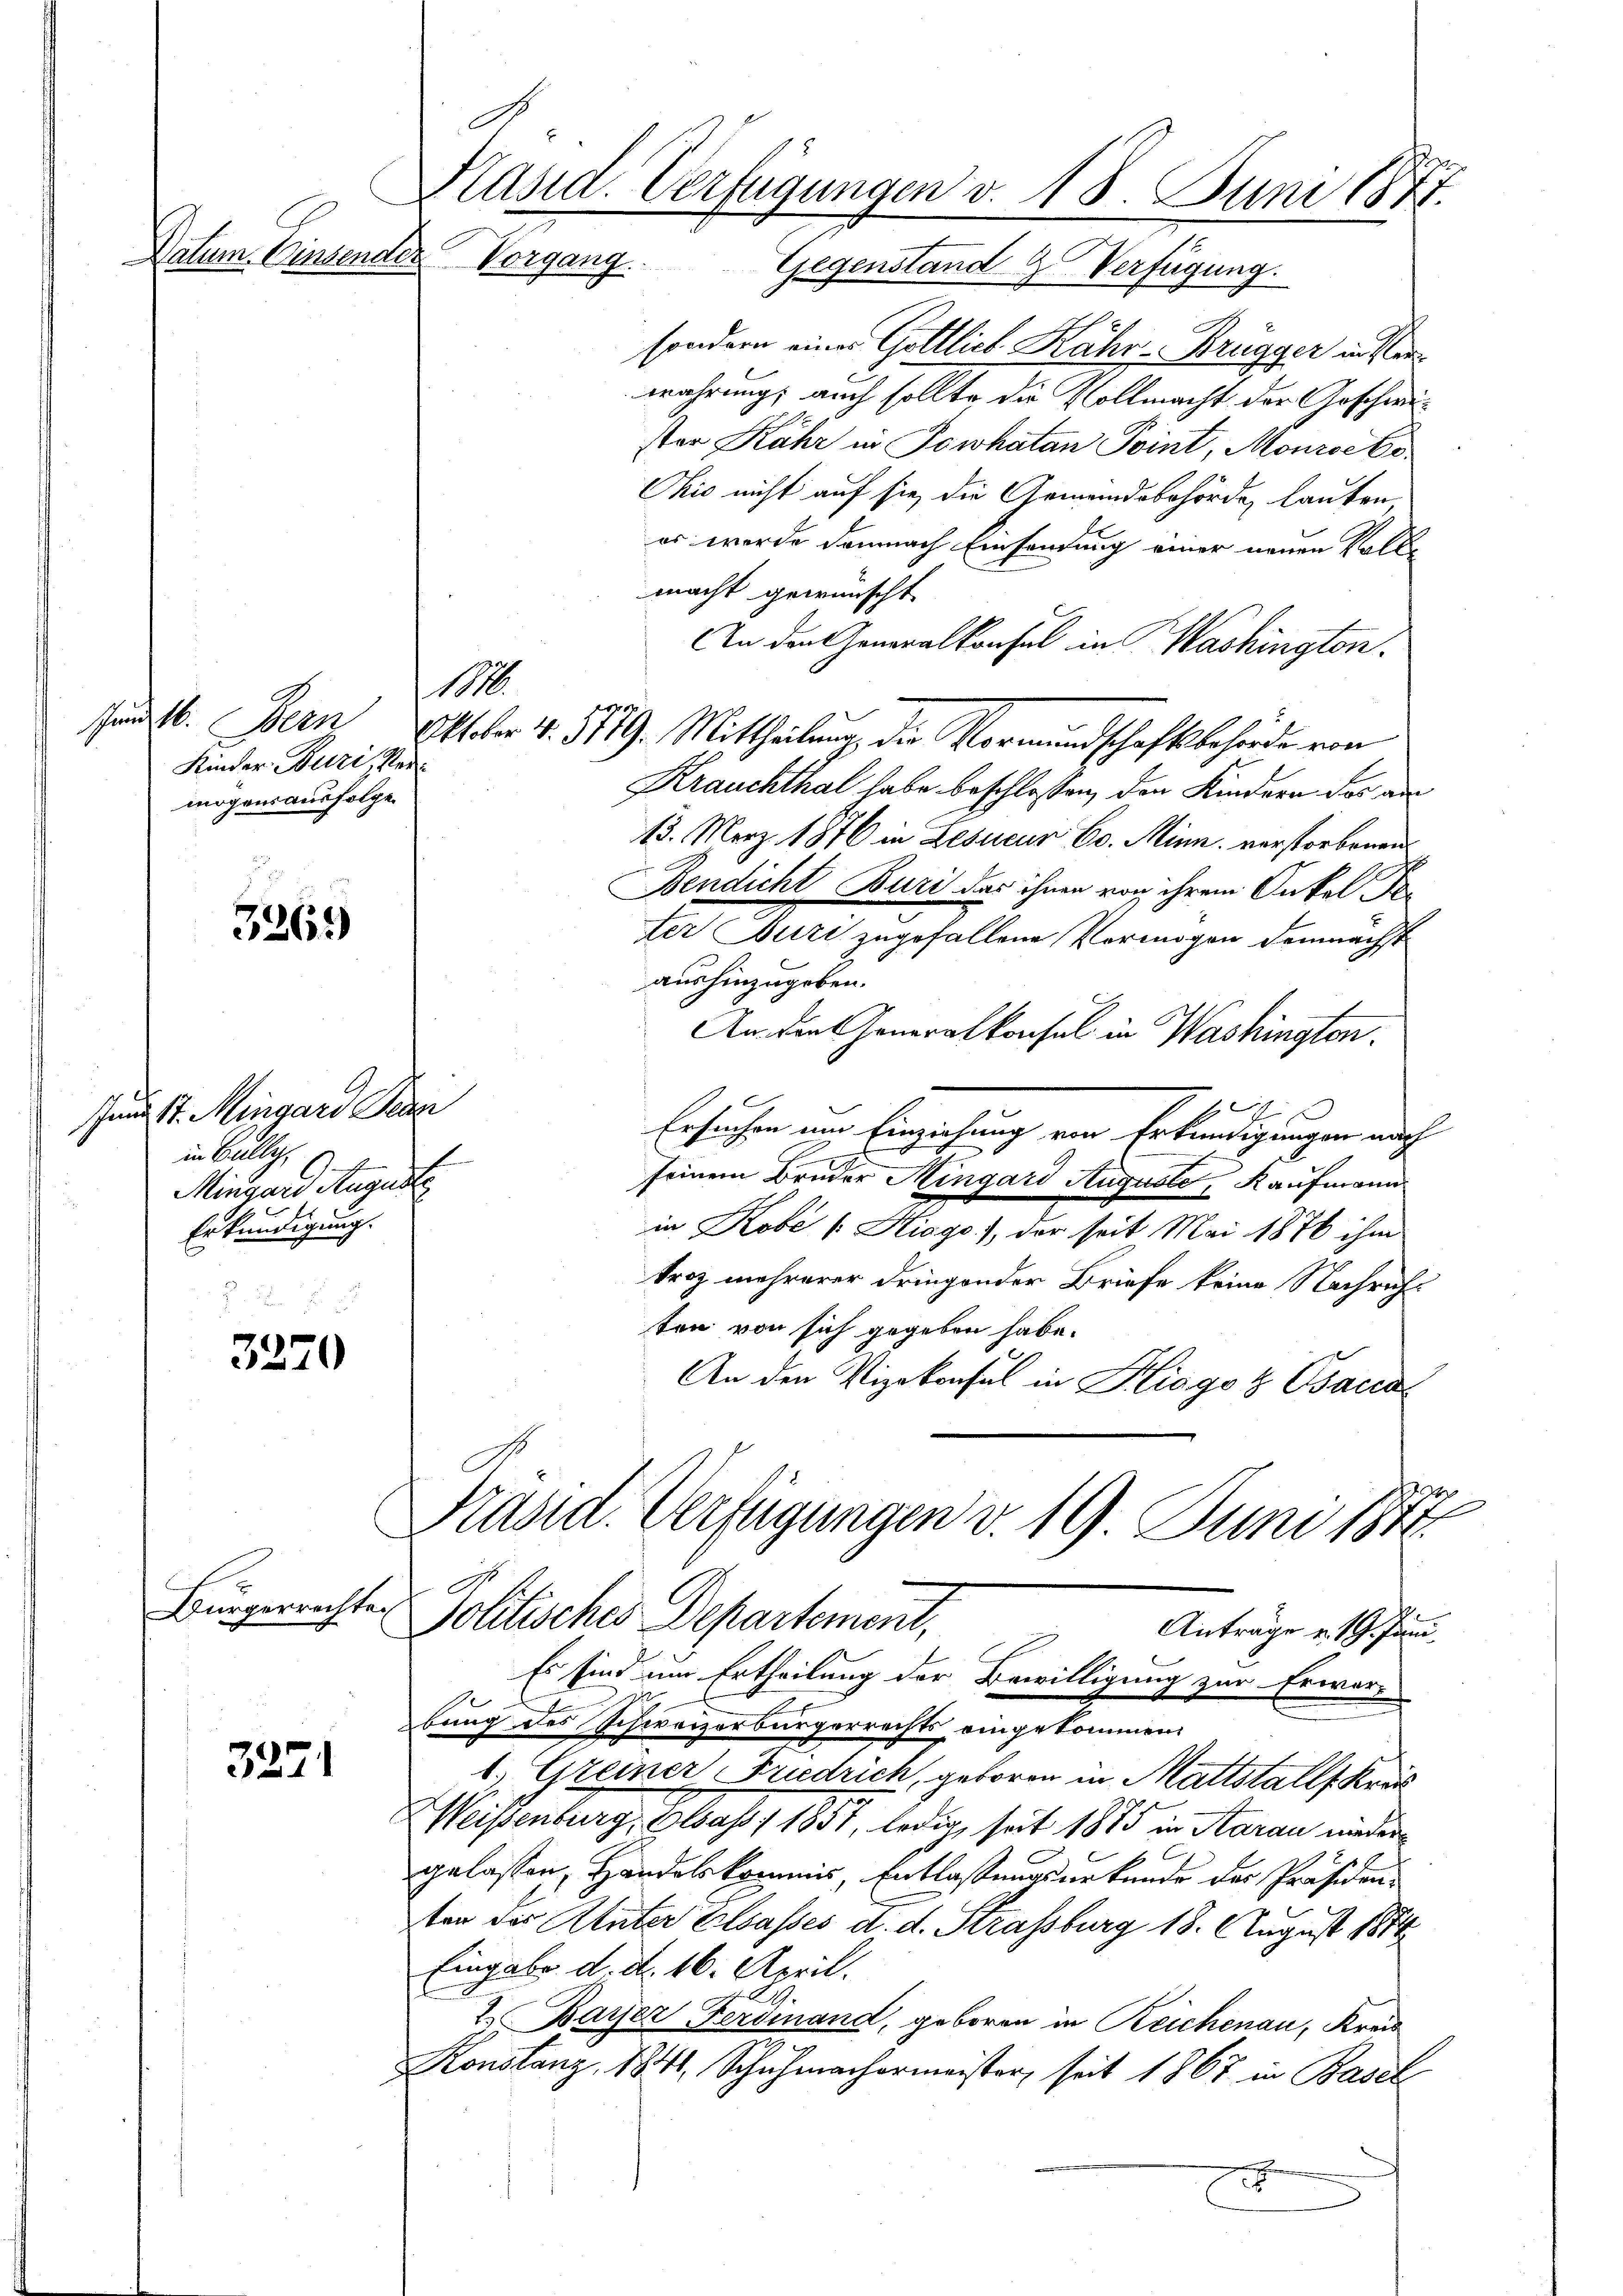
sunst. Mingard Penn
in Bully,
E
.
Mingard August
Erkundigung.

Käsid. Verfügungen v. 18. Juni 1871.
Datum. Einsender
Vorgang.
Gegenstand Verfügung.

3269

3220

Kinder Buri, Vermögensausfolge.

Bürgerrechten

3271

sondern eine Gottlich Kähr-Brügger unterwahrungs auch sollte die Vollmacht der Geschweister Kähr in Towhatan Point, Mourse be¬
Ohio nicht auf sie die Gemeindsbehörde, lauten
er werde demnach Einsendung einer neuen Vollmacht gewünscht
An der Generalkonsul in Washington.
Krauchthal habe beschlossen, den Kindern der an
13. März 1876 in Besucur 60. Minn, verstorbenen
Bendicht Buri das ihnen von ihrem Onkel der
ter Buri zugefallene Vermögen demnächst
aushinzugeben.
An den Generalkonsul in Washingten.
Ersuchen um Einziehung von Erkundigungen auch
.
seinem Bruder Mingard Auguste, Kaufmann
in Kobé [Kiago.), der seit Mai 1876 ihm
troz mehrerer dringender Briefe keine Nachricht
ten von sich gegeben habe.
An den Vizekonsul in Kliogo & Bacca
2
Prand. Verfügungen v. 19. Juni 1814.
Politisches Departement,
Anträge v. 19. Juni.
Es sind um Ertheilung der Bewilligung zur Erwarbung des Schweizerbürgerrechts eingekommen.
1. Greiner Friedrich, geboren in Mattstalls Kräf
Weisenburg, Elsass I 1831, ledig, seit 1875 in Saran niedergelassen, Handelskommis, Entlaßungsurkunde der Präsidenten der Unter Elsasses d. d. Strassburg 18. August 1844
Eingabe d. d. 16. April.
Barjer Ferdinand, geboren in Reichenau, Kreis
Konstanz, 1841, Schuhmachermeister, seit 1867 in Basel
x

sunst. Bern Oktober 4. 5779. Mittheilung die Vormundschaftsbehörde von

1816.